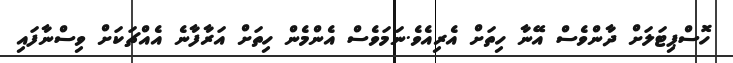
ހޮސްޕިޓަލަށް ދާންވެސް އޭނާ ހިތަށް އެރިއެވެ.ނަމަވެސް އެންމެން ހިތަށް އަރާފާނެ އެއްޗަކަށް ވިސްނާފައި